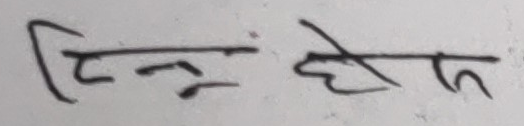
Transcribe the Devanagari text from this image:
टिन्नु हेथ